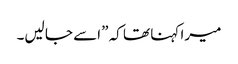
میرا کہنا تھا کہ ”اسے جا لیں۔